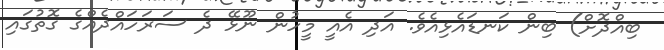
ބިއްދޮށް) ބިން ކަނޑައެޅިއެވެ. އަދި އެއީ މީހުން ނޫޅޭ ދެ ސަރަހައްދެއްގެ ގޮތުގައި